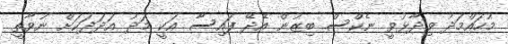
މުހައްމަދު ވިދާޅުވީ ނެކްސް ބިޒުން އެދޭ ފައިސާ އަކީ މަދު އަދަދަކަށް ނުވާތީ